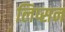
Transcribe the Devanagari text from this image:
लिप्सन